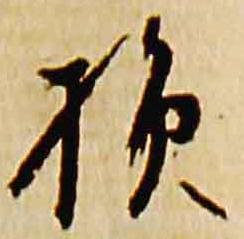
損